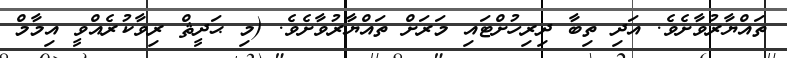
ތައްޔާރުވާށެވެ. އަދި ތިބާ ދިރިހުށްޓައި މަރަށް ތައްޔާރުވާށެވެ. (މި ޙަދީޘް ރިވާކުރެއްވީ އިމާމް